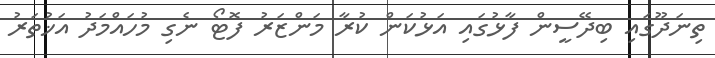
ތިނަދޫގައި ބިދޭސީން ފާޅުގައި އަޅުކަން ކުރާ މަންޒަރު ފޮޓޯ ނެގި މުހައްމަދު އަޚުތަރު